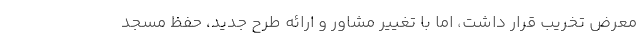
معرض تخریب قرار داشت، اما با تغییر مشاور و ارائه طرح جدید، حفظ مسجد